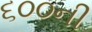
૬૦૦ની